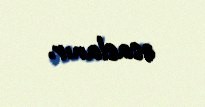
əsaslanır.